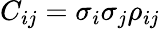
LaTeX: C_{ij}=\sigma_{i}\sigma_{j}\rho_{ij}